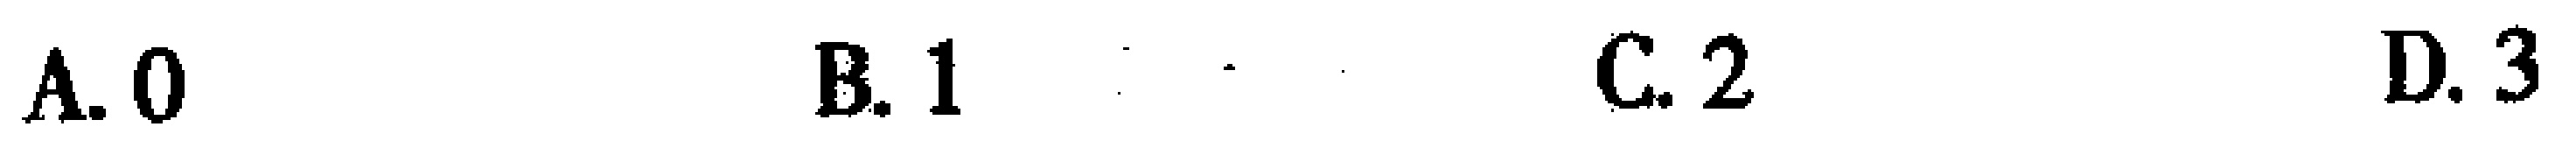
A. 0 \quad B. 1 \quad C. 2 \quad D. 3